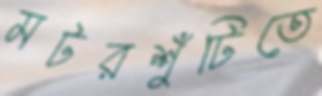
মটরশুঁটিতে